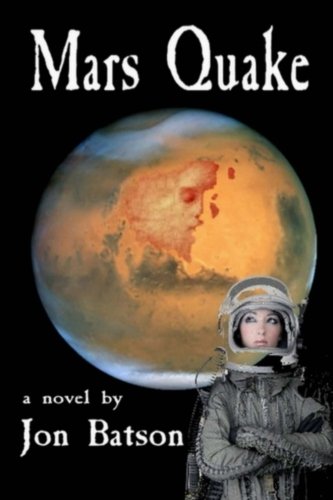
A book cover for Mars Quake; Jon Batson; Science Fiction & Fantasy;